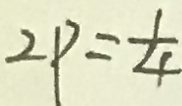
2 P = \frac { 1 } { 4 }